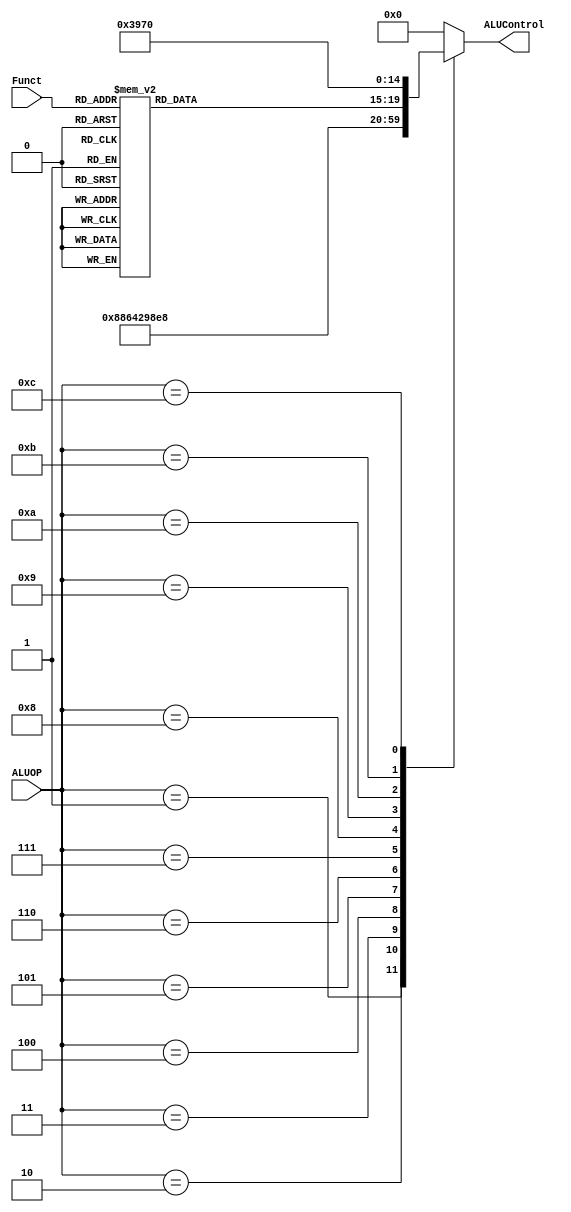
//----ALU_DECODER----//
module ALU_Decoder #(parameter ALUOP_width = 4, 
                               funct_width = 6,
                               ALUControl_width = 5 )(

input  wire [ALUOP_width-1:0]      ALUOP,
input  wire [funct_width-1:0]      Funct,
output reg  [ALUControl_width-1:0] ALUControl);

always@(*)
 begin
   case(ALUOP)
    'b0000: ALUControl = 'd0 ;//add
    'b0001: ALUControl = 'd1 ;//sub
    'b0010: ALUControl = 'd2 ;//and
    'b0011: ALUControl = 'd3 ;//or
    'b0100: ALUControl = 'd4 ;//xor
    'b0101: ALUControl = 'd5 ;//nor
    'b0110: ALUControl = 'd6 ;//sl
    'b0111: ALUControl = 'd7 ;//sr
    'b1000: ALUControl = 'd8 ;//sra
    'b1001: //R-type
     begin
       case(Funct)
       'd0:  ALUControl  = 'd6 ;
       'd2:  ALUControl  = 'd7 ;
       'd3:  ALUControl  = 'd8 ;
       'd4:  ALUControl  = 'd6 ;
       'd6:  ALUControl  = 'd7 ;
       'd7:  ALUControl  = 'd8 ;
       'd8:  ALUControl  = 'd0 ;
       'd9:  ALUControl  = 'd0 ;
       'd16: ALUControl  = 'd0 ;
       'd17: ALUControl  = 'd0 ;
       'd18: ALUControl  = 'd0 ;
       'd19: ALUControl  = 'd0 ;
       'd24: ALUControl  = 'd9 ;
       'd25: ALUControl  = 'd12 ; //Multu
       'd26: ALUControl  = 'd10 ;
       'd27: ALUControl  = 'd13 ; //divu
       'd32: ALUControl  = 'd0 ; 
       'd33: ALUControl  = 'd14 ; // addu
       'd34: ALUControl  = 'd1 ;
       'd35: ALUControl  = 'd15 ; // subu
       'd36: ALUControl  = 'd2 ;
       'd37: ALUControl  = 'd3 ;
       'd38: ALUControl  = 'd4 ;
       'd39: ALUControl  = 'd5 ;
       'd42: ALUControl  = 'd11 ; //slt
       'd43: ALUControl  = 'd16 ; //sltu
       default: ALUControl  = 'd0 ;
       endcase
     end
     'b1010:  ALUControl = 'd14;
     'b1011:  ALUControl = 'd11;
     'b1100:  ALUControl = 'd16;
   default: ALUControl  = 'd0 ;
   endcase
 end
 endmodule